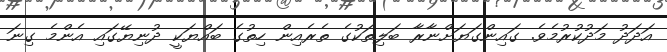
އަދަދު މަދުކުރުމެވެ. ގައިންގަޔަށްނާރާ ބަލިތަކުގެ ތެރެއިން ހިތުގެ ބައްޔަކީ ދުނިޔޭގައި އެންމެ ގިނަ